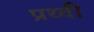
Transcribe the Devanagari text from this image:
प्रथ्‍वी